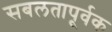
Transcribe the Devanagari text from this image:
सबलतापूर्वक